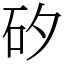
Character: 矽